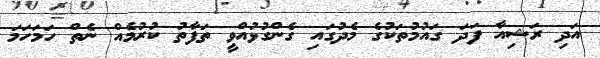
އަދި ރަޝިއާ ފަދަ ގައުމުތަކުގެ މެދުގައި ގެންގުޅުއްވީ ތަފާތު ކުރުމެއް ނެތް ހަމަހަމަ